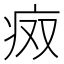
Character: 𰣨